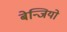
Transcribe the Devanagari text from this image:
बेन्जियो